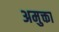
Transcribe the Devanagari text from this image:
अमुक्ता